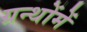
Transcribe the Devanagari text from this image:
ग्रन्थोंमें